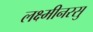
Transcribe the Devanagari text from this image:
लक्ष्मीनरसु